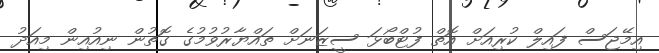
އިމޭޖަސް ފައިލް ކުރިއަށް އޮތް ފުޓްބޯޅަ ސީޒަނަށް ތައްޔާރުވުމުގެ ގޮތުން ނިއުއިން މިއަދު